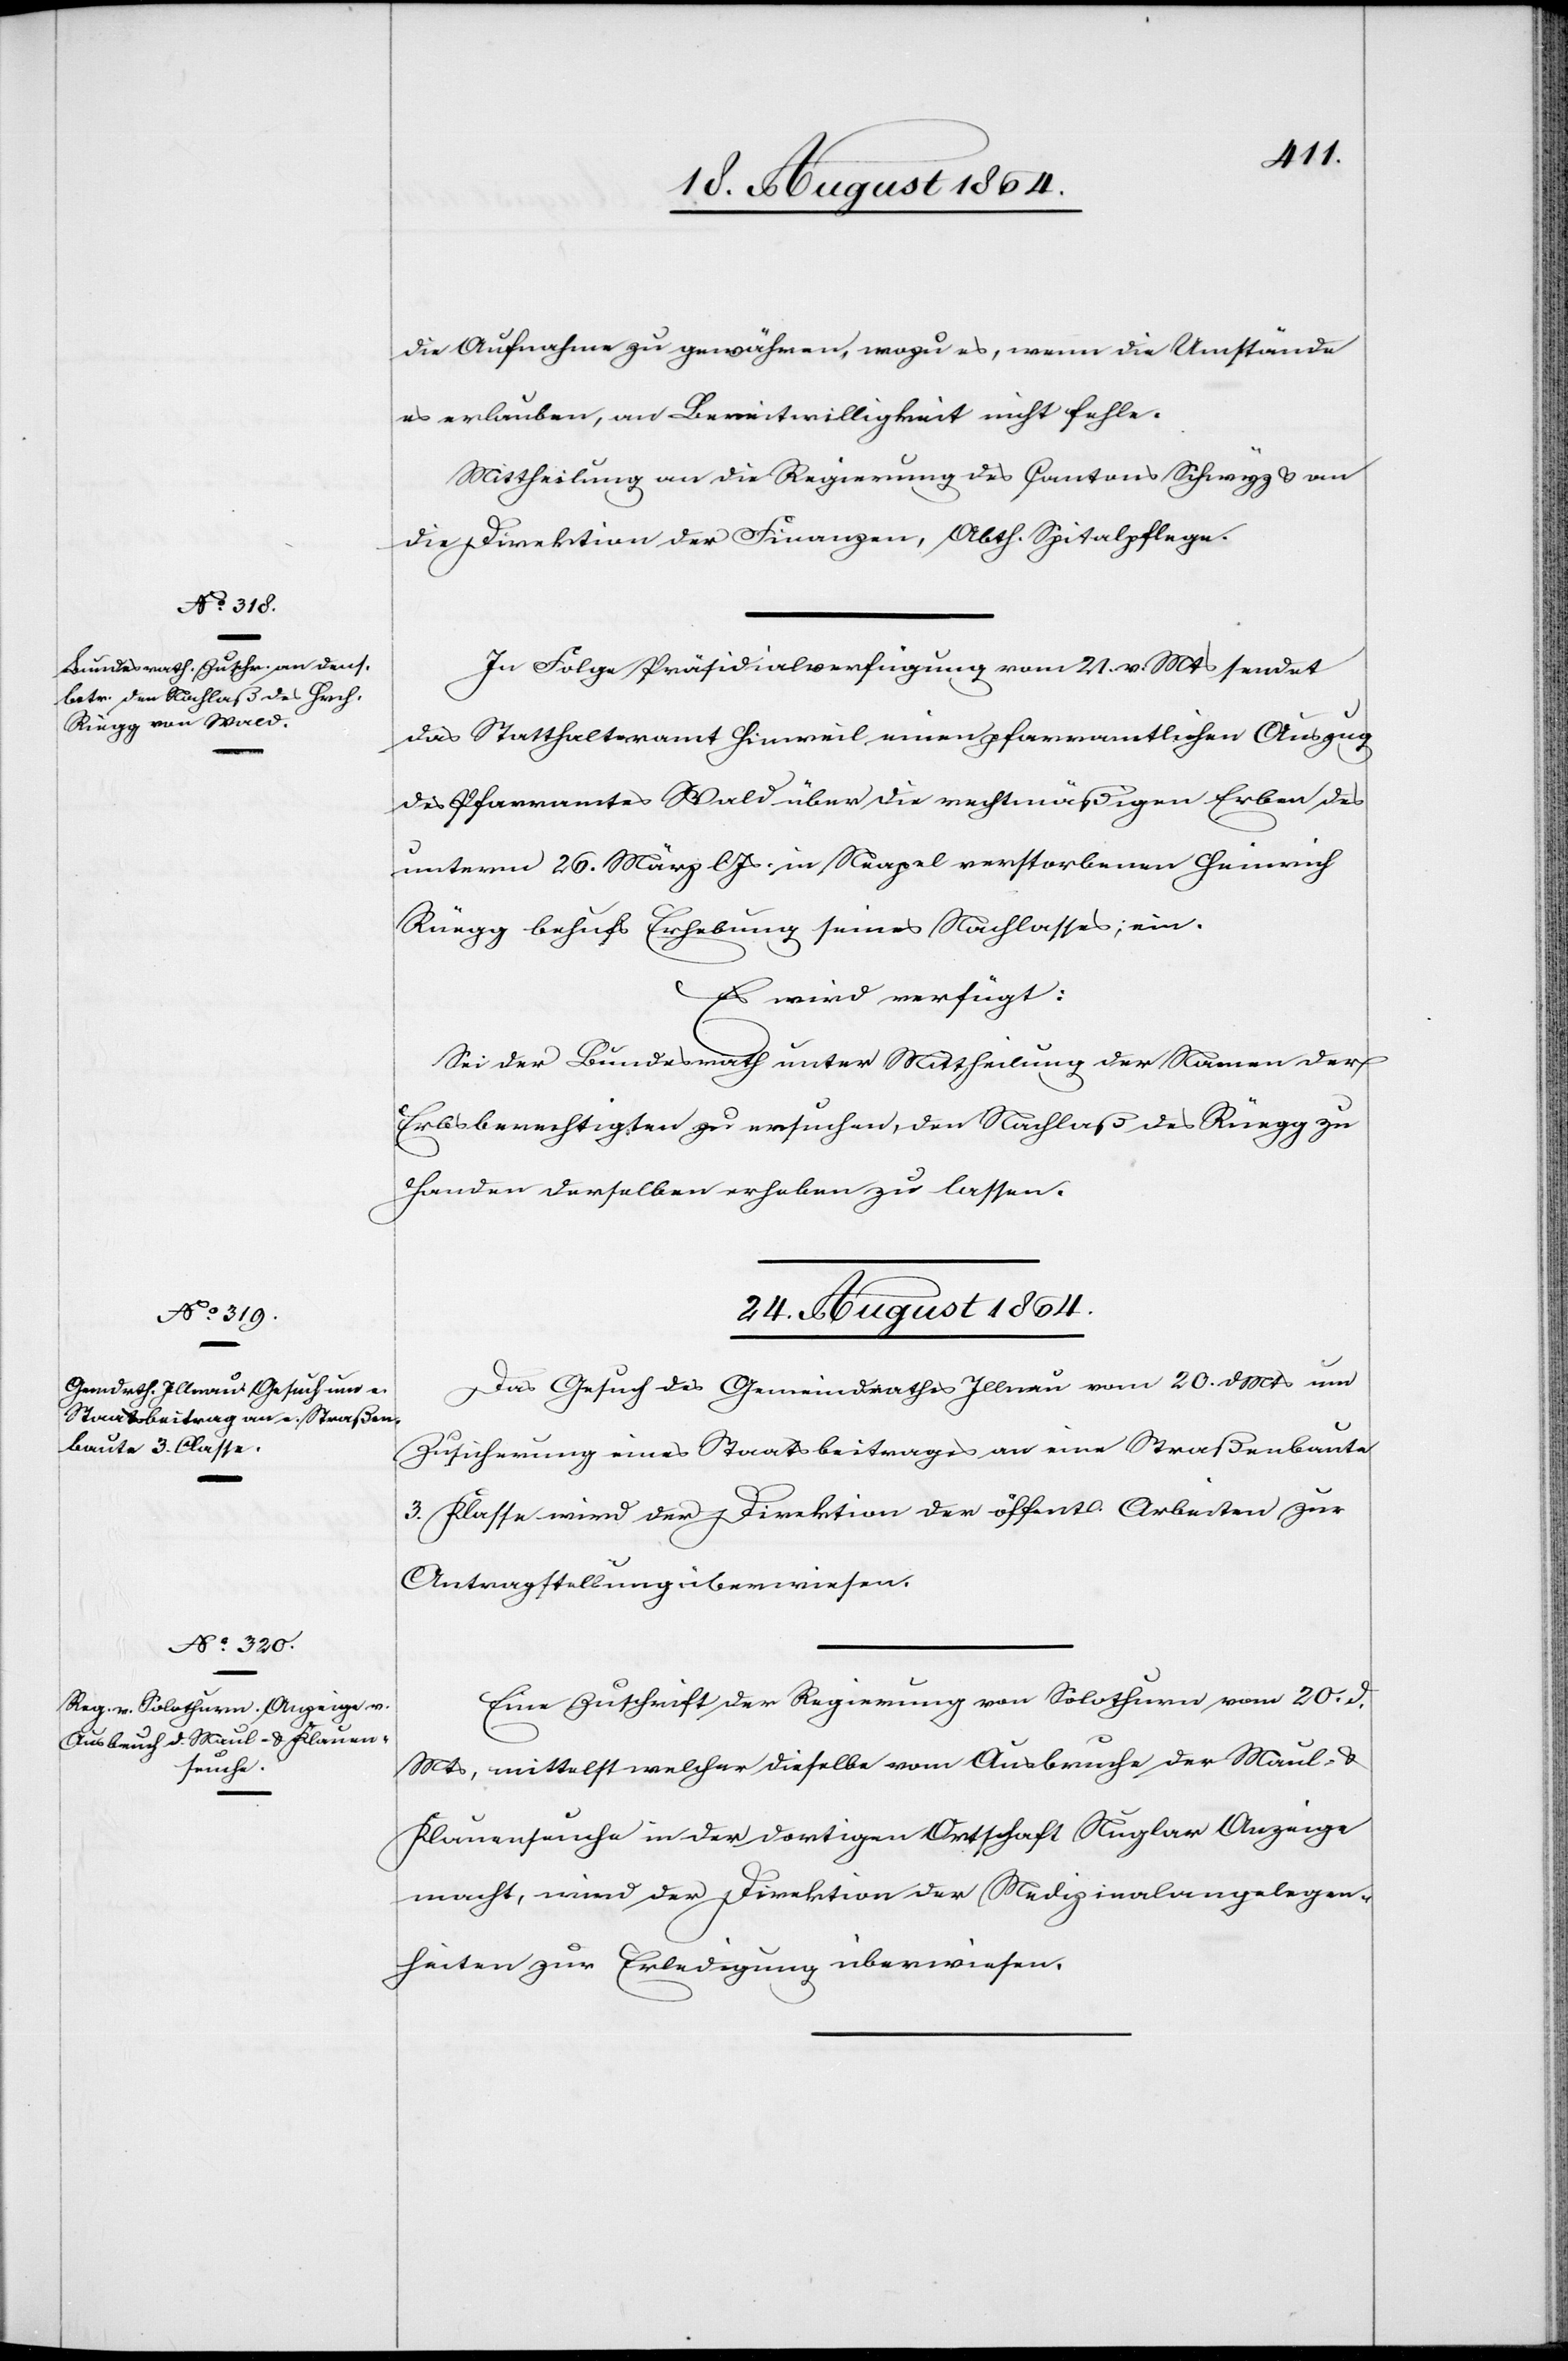
23. August 1864.]
die Aufnahme zu gewähren, wozu es, wenn die Umstände
es erlauben, an Bereitschaft nicht fehle.
Mittheilung an die Regierung des Cantons Schwyz & an
die Direktion der Finanzen, Abtheilung Spitalpflege.
In Folge Präsidialverfügung vom 21. v. Mts sendet
das Statthalteramt Hinweil einen pfarramtlichen Auszug
des Pfarramtes Wald über die rechtmäßigen Erben des
unterm 26. März l. Js In Neapel verstorbenen Heinrich
Rüegg behufs Erhebung seines Nachlasses, ein.
Es wird verfügt:
Sei der Bundesrath unter Mittheilung der Namen der
Erbberechtigten zu ersuchen, den Nachlaß des Rüegg zu
Handen derselben erheben zu lassen.
24. August 1864.]
Das Gesuch des Gemeindrathes Illnau vom 20. d. Mts um
Zusicherung eines Staatsbeitrages an eine Straßenbaute
3. Klasse wird der Direktion der öffentl. Arbeiten zur
Antragstellung überwiesen.
Eine Zuschrift der Regierung von Solothurn vom 20. d.
Mts, mittelst welcher dieselbe vom Ausbruche der Maul- &
Klauenseuche in der dortigen Ortschaft Nuglar Anzeige
macht, wird der Direktion der Medizinalangelegen¬
heiten zur Erledigung überwiesen.